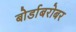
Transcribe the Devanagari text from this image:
बोर्डाबरोबर